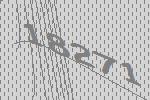
18271